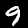
Digit: 9